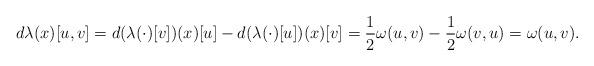
LaTeX: \begin{align*}d\lambda(x)[u,v] = d (\lambda(\cdot)[v])(x) [u] - d (\lambda(\cdot)[u])(x) [v] = \frac{1}{2} \omega(u,v) - \frac{1}{2} \omega(v,u) = \omega(u,v).\end{align*}